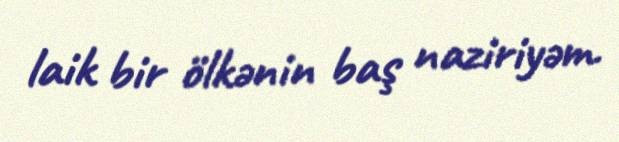
laik bir ölkənin baş naziriyəm.